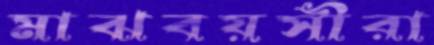
মাঝবয়সীরা